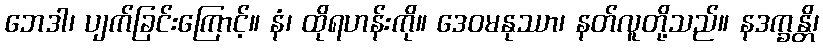
ဘေဒါ၊ ပျက်ခြင်းကြောင့်။ နံ၊ ထိုရဟန်းကို။ ဒေဝမနုဿာ၊ နတ်လူတို့သည်။ နဒက္ခန္တိ၊